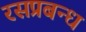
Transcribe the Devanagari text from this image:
रसप्रबन्ध